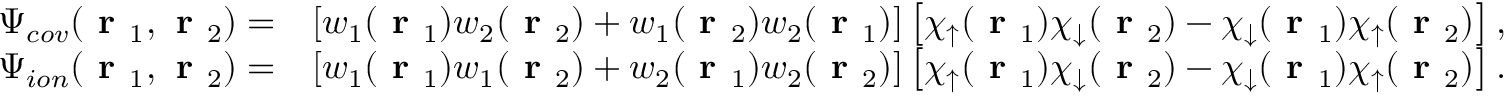
\begin{array} { r l } { \Psi _ { c o v } ( \textbf { r } _ { 1 } , \textbf { r } _ { 2 } ) = } & { \left[ w _ { 1 } ( \textbf { r } _ { 1 } ) w _ { 2 } ( \textbf { r } _ { 2 } ) + w _ { 1 } ( \textbf { r } _ { 2 } ) w _ { 2 } ( \textbf { r } _ { 1 } ) \right] \left[ \chi _ { \uparrow } ( \textbf { r } _ { 1 } ) \chi _ { \downarrow } ( \textbf { r } _ { 2 } ) - \chi _ { \downarrow } ( \textbf { r } _ { 1 } ) \chi _ { \uparrow } ( \textbf { r } _ { 2 } ) \right] , } \\ { \Psi _ { i o n } ( \textbf { r } _ { 1 } , \textbf { r } _ { 2 } ) = } & { \left[ w _ { 1 } ( \textbf { r } _ { 1 } ) w _ { 1 } ( \textbf { r } _ { 2 } ) + w _ { 2 } ( \textbf { r } _ { 1 } ) w _ { 2 } ( \textbf { r } _ { 2 } ) \right] \left[ \chi _ { \uparrow } ( \textbf { r } _ { 1 } ) \chi _ { \downarrow } ( \textbf { r } _ { 2 } ) - \chi _ { \downarrow } ( \textbf { r } _ { 1 } ) \chi _ { \uparrow } ( \textbf { r } _ { 2 } ) \right] . } \end{array}